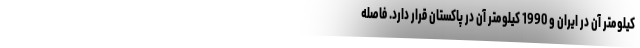
کیلومتر آن در ایران و 1990 کیلومتر آن در پاکستان قرار دارد. فاصله